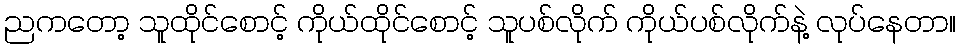
ညကတော့ သူထိုင်စောင့် ကိုယ်ထိုင်စောင့် သူပစ်လိုက် ကိုယ်ပစ်လိုက်နဲ့ လုပ်နေတာ။